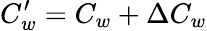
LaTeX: C_{w}^{\prime}=C_{w}+\Delta C_{w}